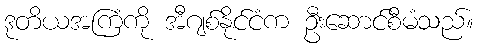
ဒုတိယအကြံကို အီဂျစ်နိုင်ငံက ဦးဆောင်စီမံသည်။